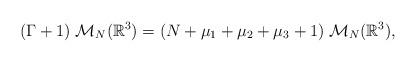
LaTeX: \begin{align*} (\Gamma+1)\;\mathcal{M}_{N}(\mathbb{R}^3)=(N+\mu_1+\mu_2+\mu_3+1)\;\mathcal{M}_{N}(\mathbb{R}^3),\end{align*}